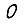
Digit: 0